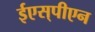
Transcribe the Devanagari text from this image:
ईएस्‌पीएन